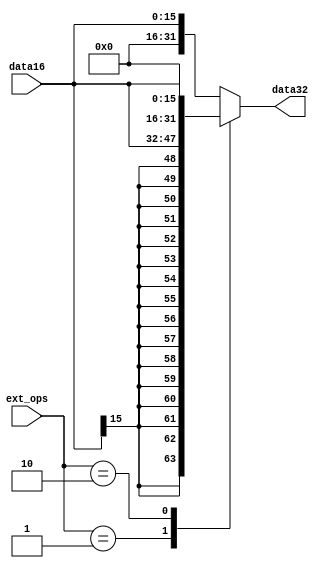
`timescale 1ns / 1ps
//-------------------------------------------------------
// Title        : Extender.
// Library      : nanoLADA
// Purpose      : Computer Architecture
// Developers   : Krerk Piromsopa, Ph. D.
//              : Chulalongkorn University.

module extender(data32, data16,ext_ops);
output reg [31:0] data32;
input [15:0] data16;
input [1:0] ext_ops;
    
always@(ext_ops or data16)
begin
    case(ext_ops)
    2'b01: data32 = {{16{data16[15]}},data16};
    2'b10: data32 = {data16,{16{1'b0}}};
    default: data32 = {{16{1'b0}},data16};
    endcase
end
endmodule